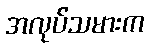
အလုပ်သမားက